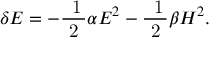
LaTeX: \delta { \cal { E } } = - \mathrm { \frac { ~ 1 } { ~ 2 ~ } } \alpha E ^ { 2 } - \mathrm { \frac { ~ 1 } { ~ 2 ~ } } \beta H ^ { 2 } .